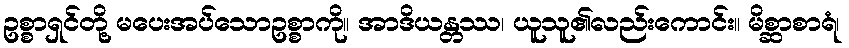
ဥစ္စာရှင်တို့ မပေးအပ်သောဥစ္စာကို။ အာဒိယန္တဿ၊ ယူသူ၏လည်းကောင်း။ မိစ္ဆာစာရံ၊